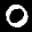
Label: 0